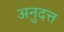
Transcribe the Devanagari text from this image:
अनुदत्त